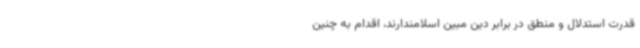
قدرت استدلال و منطق در برابر دین مبین اسلامندارند، اقدام به چنین